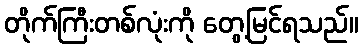
တိုက်ကြီးတစ်လုံးကို တွေ့မြင်ရသည်။